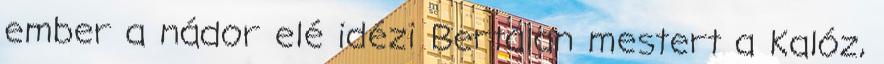
ember a nádor elé idézi Bertalan mestert a Kalóz,